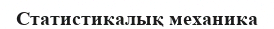
Статистикалық механика